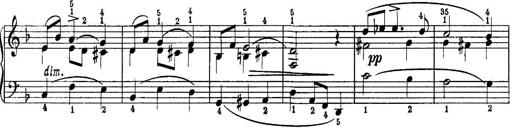
Title: Quatres sonatines
Composer: Tadeusz Joteyko